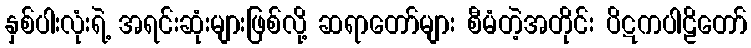
နှစ်ပါးလုံးရဲ့ အရင်းဆုံးများဖြစ်လို့ ဆရာတော်များ စီမံတဲ့အတိုင်း ပိဋကပါဠိတော်